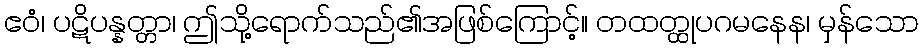
ဧဝံ၊ ပဋိပန္နတ္တာ၊ ဤသို့ရောက်သည်၏အဖြစ်ကြောင့်။ တထတ္ထုပဂမနေန၊ မှန်သော